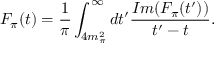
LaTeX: F _ { \pi } ( t ) = \frac { 1 } { \pi } \int _ { 4 m _ { \pi } ^ { 2 } } ^ { \infty } d t ^ { \prime } \frac { { \cal I } m ( F _ { \pi } ( t ^ { \prime } ) ) } { t ^ { \prime } - t } .